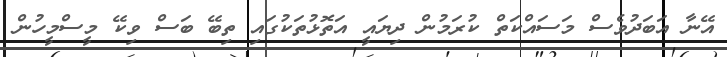
އޭނާ އަބަދުވެސް މަސައްކަތް ކުރަމުން ދިޔައީ އަތޮޅުތަކުގައި ތިބޭ ބަސް ވިކޭ މީސްމީހުން